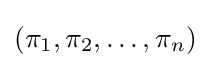
(\pi _{1},\pi _{2},\ldots ,\pi _{n})